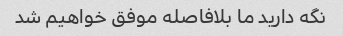
نگه دارید ما بلافاصله موفق خواهیم شد